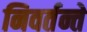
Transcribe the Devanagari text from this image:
निवर्तन्ते